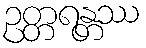
ဥတ္တရန္တဿ